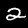
Label: 2